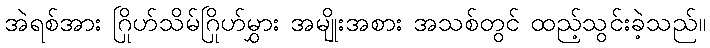
အဲရစ်အား ဂြိုဟ်သိမ်ဂြိုဟ်မွှား အမျိုးအစား အသစ်တွင် ထည့်သွင်းခဲ့သည်။